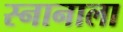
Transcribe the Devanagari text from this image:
स्नानाला